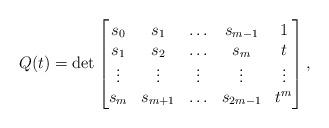
LaTeX: \begin{align*}Q(t) = \det\begin{bmatrix}s_0 & s_1 & \ldots & s_{m-1} & 1\\s_1 & s_2 & \ldots & s_{m} & t\\\vdots & \vdots & \vdots & \vdots & \vdots\\s_{m} & s_{m+1} & \ldots & s_{2m-1} & t^{m}\end{bmatrix},\end{align*}